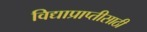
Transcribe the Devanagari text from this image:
विद्याप्राप्तीसाठी